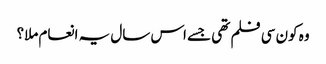
وہ کون سی فلم تھی جسے اس سال یہ انعام ملا؟